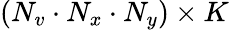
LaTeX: {(N_{v}\cdot N_{x}\cdot N_{y})\times K}